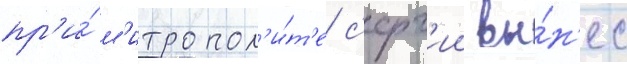
пр'и́ м'итропол'и́т'е с'ерг'ии вы́н'ес